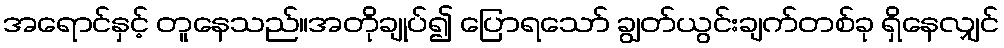
အရောင်နှင့် တူနေသည်။အတိုချုပ်၍ ပြောရသော် ချွတ်ယွင်းချက်တစ်ခု ရှိနေလျှင်